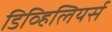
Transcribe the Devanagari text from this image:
डिव्हिलियर्स